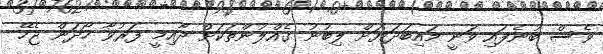
ވެސް ބުނެފައި ވަނީ މައިބަދަޔަށް ލިބުނު ގެއްލުންތަކަށް ދާއިމީ ފަރުވާ ހޯދަން ޖެހޭ